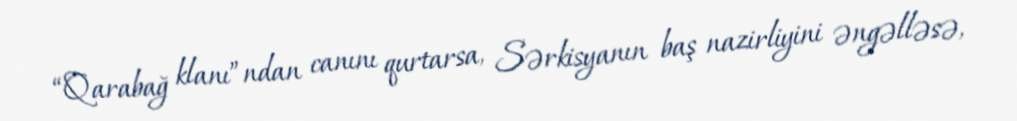
“Qarabağ klanı”ndan canını qurtarsa, Sərkisyanın baş nazirliyini əngəlləsə,